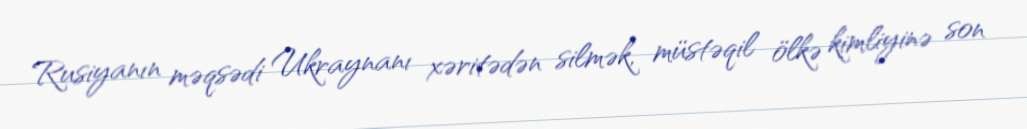
Rusiyanın məqsədi Ukraynanı xəritədən silmək, müstəqil ölkə kimliyinə son